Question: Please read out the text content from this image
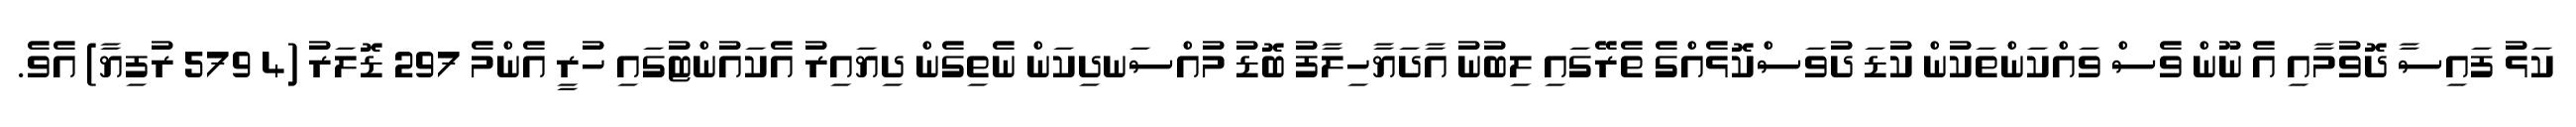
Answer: ކަޅު ފައިސާ ދޮވުމާއި އެ ނޫން ވެސް ވައްކަންތަކުން ކުޑަ ދުވަސްކޮޅެއްގެ ތެރޭގައި ލިބުނު އާދަޔާހިލާފު ބޮޑު މުއްސަނދިކަން ނެތިގެން ދިޔައިރު އެކައުންޓުގައި ހުރީ އެންމެ 297 ޑޮލަރު (4 579 ރުފިޔާ) އެވެ.